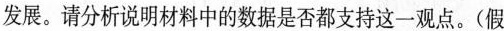
发展。请分析说明材料中的数据是否都支持这一观点。(假